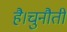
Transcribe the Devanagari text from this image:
है।चुनौती